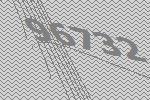
96732